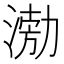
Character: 𭱢